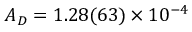
A _ { D } = 1 . 2 8 ( 6 3 ) \times 1 0 ^ { - 4 }